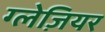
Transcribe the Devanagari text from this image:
ग्लेज़ियर